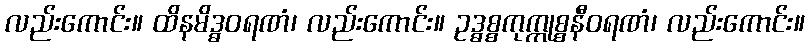
လည်းကောင်း။ ထိနမိဒ္ဓဝရဏံ၊ လည်းကောင်း။ ဥဒ္ဓစ္စကုက္ကုစ္စနီဝရဏံ၊ လည်းကောင်း။